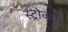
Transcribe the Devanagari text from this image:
स्ट्रोकची